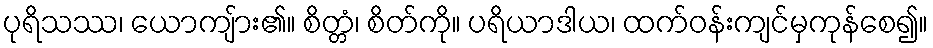
ပုရိသဿ၊ ယောကျ်ား၏။ စိတ္တံ၊ စိတ်ကို။ ပရိယာဒါယ၊ ထက်ဝန်းကျင်မှကုန်စေ၍။